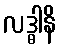
လဒ္ဓါနိ